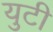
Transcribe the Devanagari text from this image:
युटी